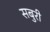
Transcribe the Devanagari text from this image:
सबुरी